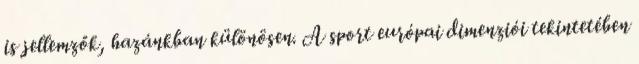
is jellemzők, hazánkban különösen. A sport európai dimenziói tekintetében